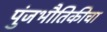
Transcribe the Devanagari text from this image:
पुंजभौतिकीचा